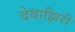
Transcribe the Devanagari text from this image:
देवाझिरी